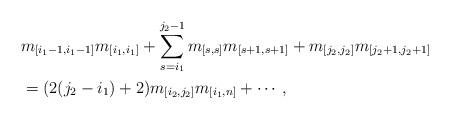
LaTeX: \begin{align*} &m_{[i_{1}-1,i_{1}-1]}m_{[i_{1},i_{1}]}+\sum_{s=i_{1}}^{j_{2}-1}m_{[s,s]}m_{[s+1,s+1]} +m_{[j_{2},j_{2}]}m_{[j_{2}+1,j_{2}+1]}\\ &=(2(j_{2}-i_{1})+2)m_{[i_{2},j_{2}]}m_{[i_{1},n]}+\cdots,\end{align*}